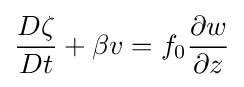
{D\zeta  \over Dt}+\beta v=f_{0}{\partial w \over \partial z}